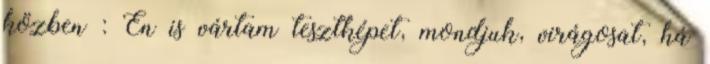
közben : Én is vártam tesztképet, mondjuk, virágosat, há